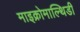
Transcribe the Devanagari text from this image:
माइक्रोमाल्थिडी